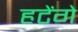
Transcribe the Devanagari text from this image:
हटेंगे